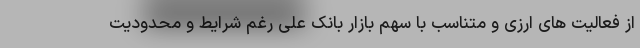
از فعالیت های ارزی و متناسب با سهم بازار بانک علی رغم شرایط و محدودیت